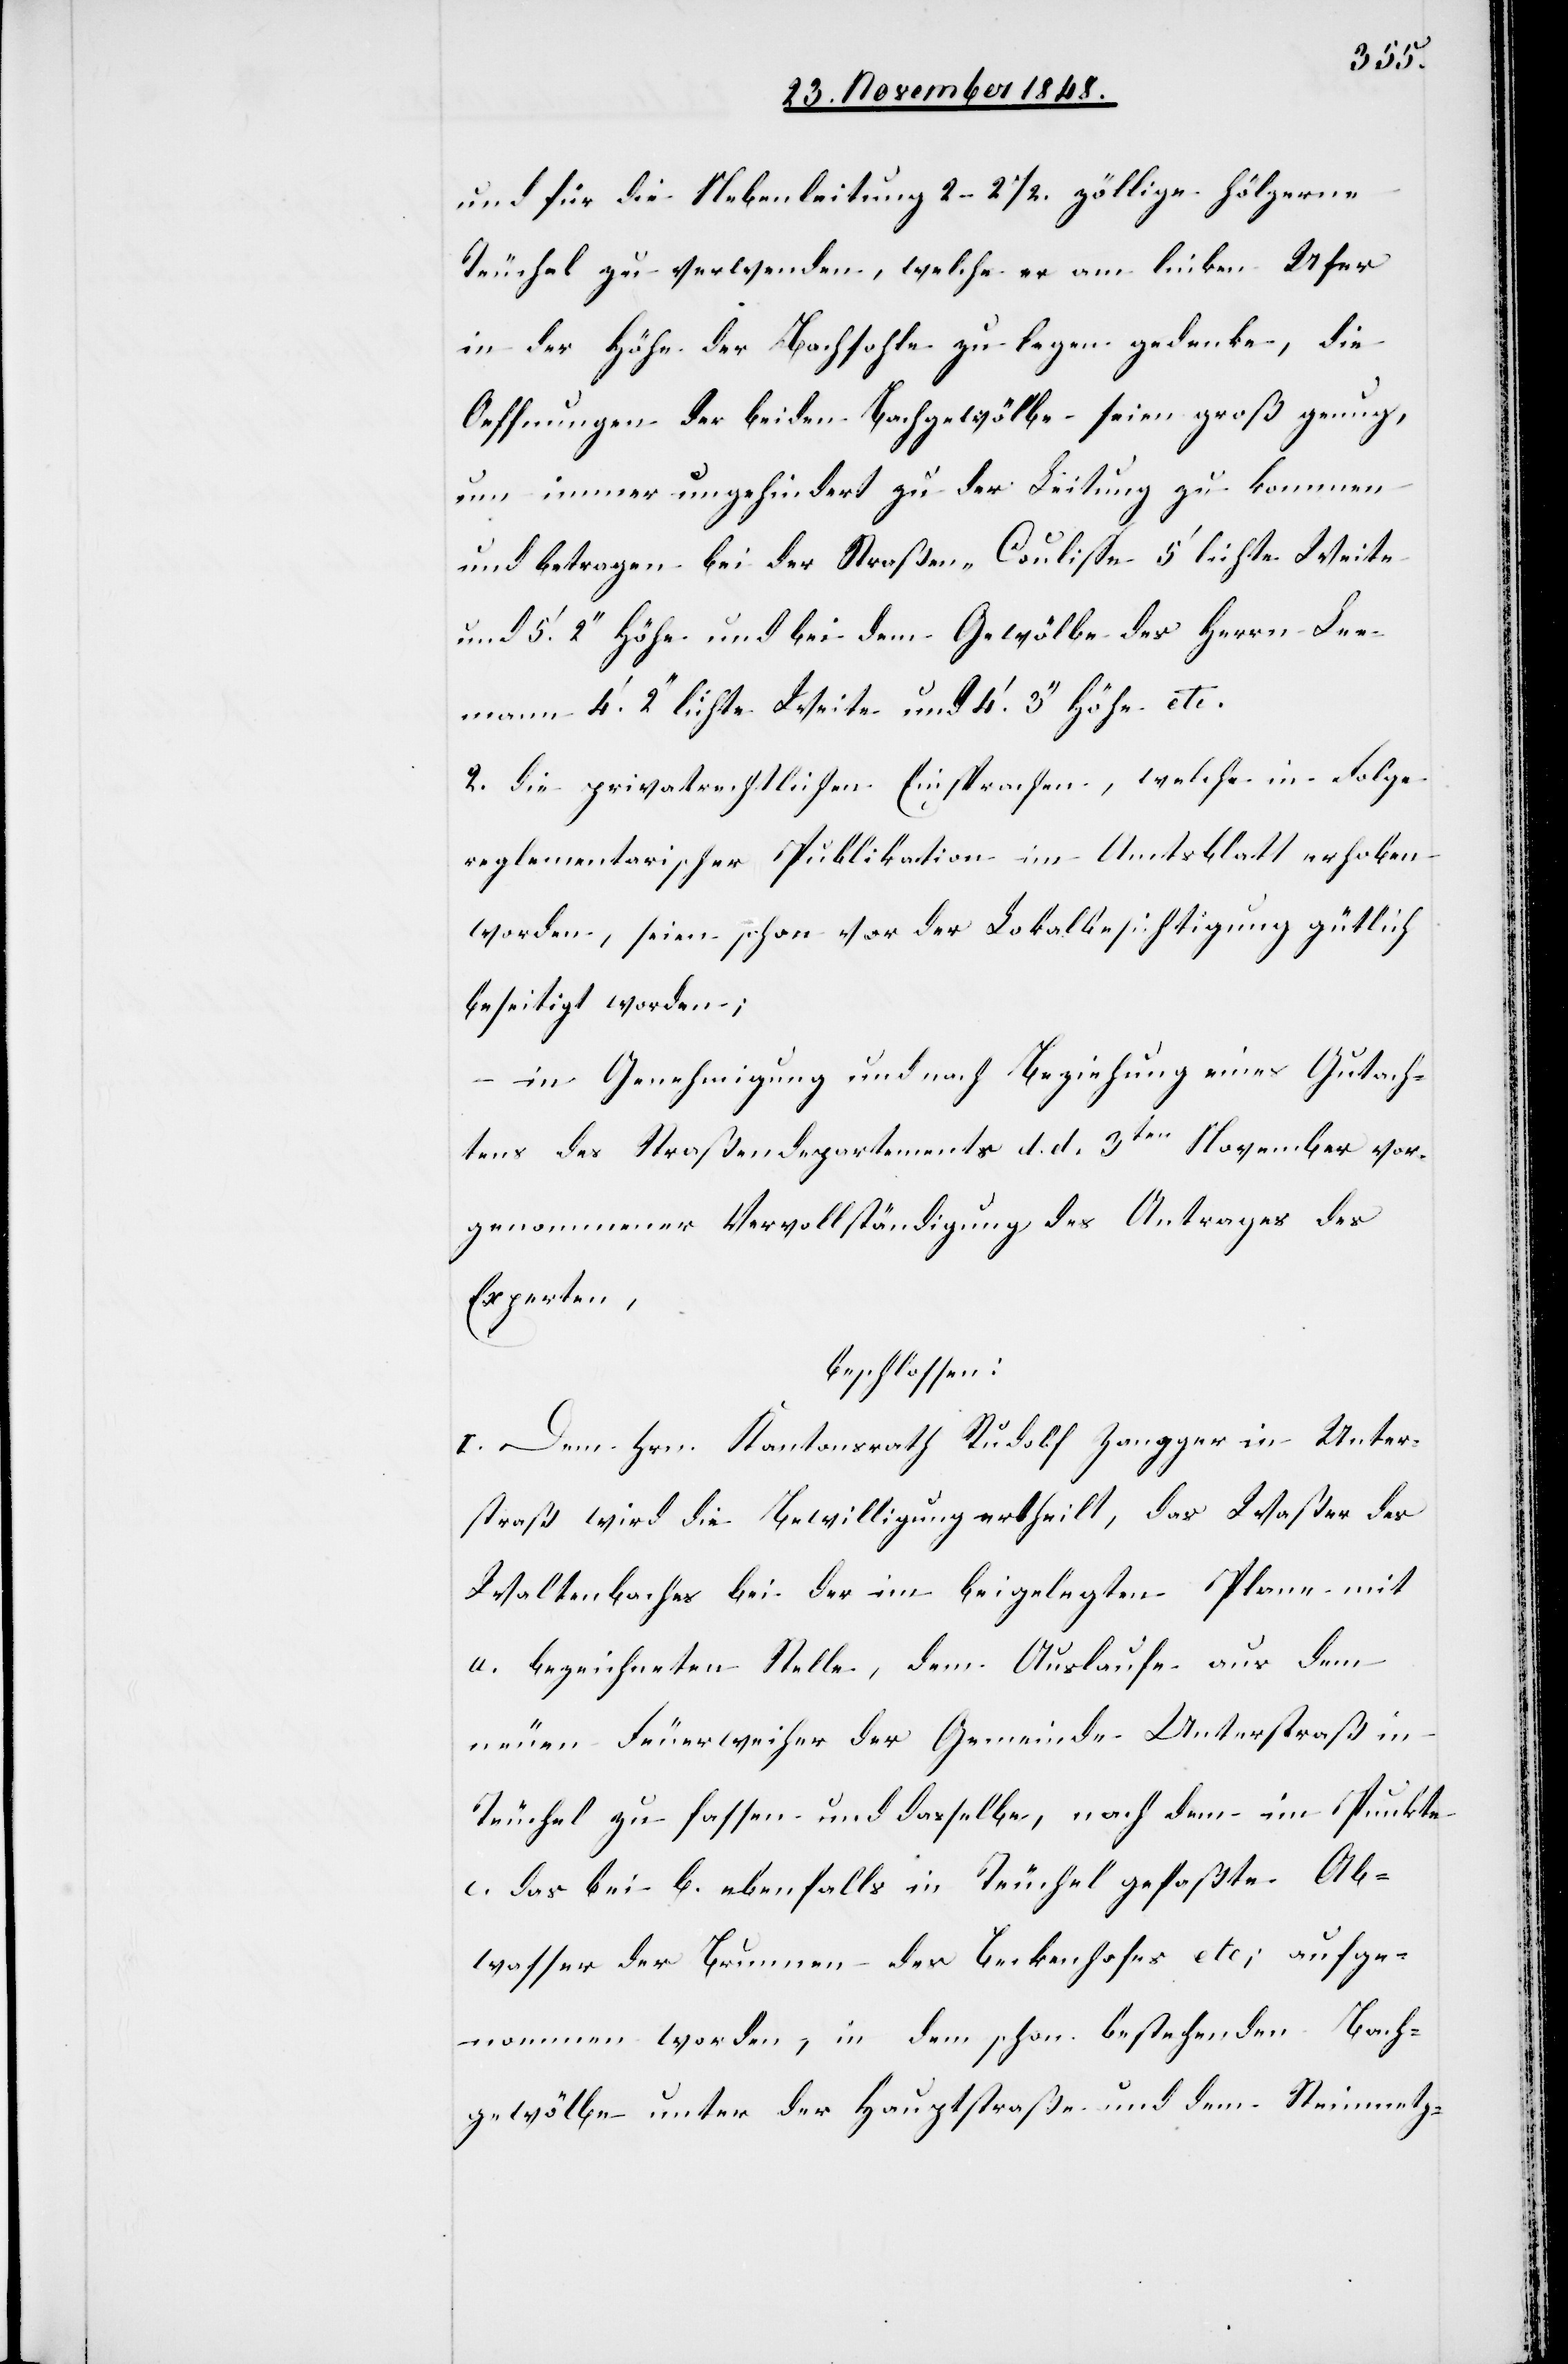
und für die Nebenleitung 2–2 ½. zöllige hölzerne
Teuchel zu verwenden, welche er am linken Ufer
in der Höhe der Bachsohle zu legen gedenke, die
Oeffnungen der beiden Bachgewölbe seien groß genug,
um immer ungehindert zu der Leitung zu kommen
und betragen bei der Straßen-Coulisse 5’ lichte Weite
und 5’. 2’’ Höhe und bei dem Gewölbe des Herrn Lee¬
mann 4’, 2’’ lichte Weite und 4’. 3’’ Höhe etc.
2. Die privatrechtlichen Einsprachen, welche in Folge
reglementarischer Publikation im Amtsblatt erhoben
worden, seien schon vor der Lokalbesichtigung gütlich
beseitigt worden;
in Genehmigung und nach Beziehung eines Gutach¬
tens des Straßendepartements d. d. 3ten November vor¬
genommener Vervollständigung des Antrages des
Experten,
beschlossen:
I. Dem Hrn. Kantonsrath Rudolf Zangger in Unter¬
straß wird die Bewilligung ertheilt, das Waßer des
Waltenbaches bei der im beigelegten Plane mit
a. bezeichneten Stelle, dem Auslaufe aus dem
neuen Feuerweiher der Gemeinde Unterstraß in
Teuchel zu fassen und dasselbe, nach dem im Punkte
c. das bei b. ebenfalls in Teuchel gefaßte Ab¬
wasser der Brunnen des Beckenhofes etc; aufge¬
nommen worden, in dem schon bestehenden Bach¬
gewölbe unter der Hauptstraße und dem Steinmetz-